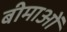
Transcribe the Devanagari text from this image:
बीमाओं